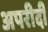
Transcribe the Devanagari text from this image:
अपरीदी